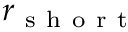
r _ { \mathrm { ~ s ~ h ~ o ~ r ~ t ~ } }